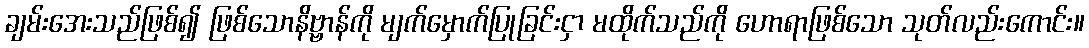
ချမ်းအေးသည်ဖြစ်၍ ဖြစ်သောနိဗ္ဗာန်ကို မျက်မှောက်ပြုခြင်းငှာ မထိုက်သည်ကို ဟောရာဖြစ်သော သုတ်လည်းကောင်း။